Indian journal of veterinary science and animal husbandry - Volume 5,
Year: 1935
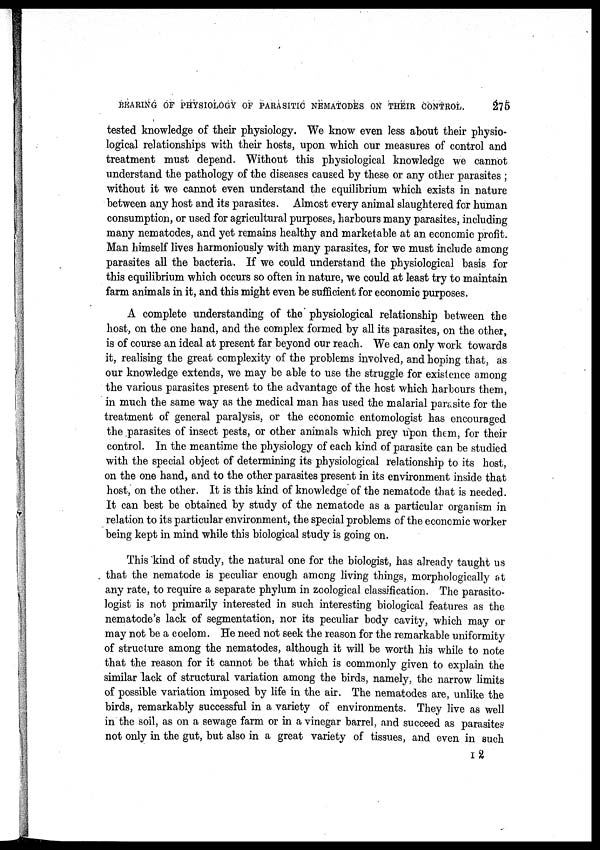
BEARING OF PHYSIOLOGY OF PARASITIC NEMATODES ON THEIR CONTROL.
275
tested knowledge of their physiology. We know even less about their physio-
logical relationships with their hosts, upon which our measures of control and
treatment must depend. Without this physiological knowledge we cannot
understand the pathology of the diseases caused by these or any other parasites ;
without it we cannot even understand the equilibrium which exists in nature
between any host and its parasites. Almost every animal slaughtered for human
consumption, or used for agricultural purposes, harbours many parasites, including
many nematodes, and yet remains healthy and marketable at an economic profit.
Man himself lives harmoniously with many parasites, for we must include among
parasites all the bacteria. If we could understand the physiological basis for
this equilibrium which occurs so often in nature, we could at least try to maintain
farm animals in it, and this might even be sufficient for economic purposes.
A complete understanding of the physiological relationship between the
host, on the one hand, and the complex formed by all its parasites, on the other,
is of course an ideal at present far beyond our reach. We can only work towards
it, realising the great complexity of the problems involved, and hoping that, as
our knowledge extends, we may be able to use the struggle for existence among
the various parasites present to the advantage of the host which harbours them,
in much the same way as the medical man has used the malarial parasite for the
treatment of general paralysis, or the economic entomologist has encouraged
the parasites of insect pests, or other animals which prey upon them, for their
control. In the meantime the physiology of each kind of parasite can be studied
with the special object of determining its physiological relationship to its host,
on the one hand, and to the other parasites present in its environment inside that
host, on the other. It is this kind of knowledge of the nematode that is needed.
It can best be obtained by study of the nematode as a particular organism in
relation to its particular environment, the special problems of the economic worker
being kept in mind while this biological study is going on.
This kind of study, the natural one for the biologist, has already taught us
that the nematode is peculiar enough among living things, morphologically at
any rate, to require a separate phylum in zoological classification. The parasito-
logist is not primarily interested in such interesting biological features as the
nematode's lack of segmentation, nor its peculiar body cavity, which may or
may not be a coelom. He need not seek the reason for the remarkable uniformity
of structure among the nematodes, although it will be worth his while to note
that the reason for it cannot be that which is commonly given to explain the
similar lack of structural variation among the birds, namely, the narrow limits
of possible variation imposed by life in the air. The nematodes are, unlike the
birds, remarkably successful in a variety of environments. They live as well
in the soil, as on a sewage farm or in a vinegar barrel, and succeed as parasites
not only in the gut, but also in a great variety of tissues, and even in such
I2